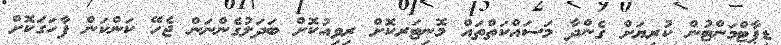
ޑިޕާޓްމަންޓުން ކުރިޔަށް ގެންދާ މަސައްކަތްތައް މޮނިޓަރކޮށް ރިވިއުކޮށް ބަދަލުގެންނަން ޖެހޭ ކަންކަން ފާހަގަކޮށް